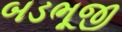
બડભૂજી